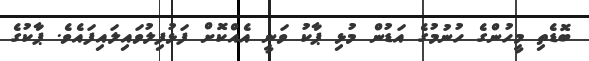
ބޮޑެތި މީހުންގެ ހުނުމުގެ އަޑުން މުޅި ޕާކު ވަނީ އެއްކޮށް ފަޅުފިލުވައިލައިފައެވެ. ޕާކުގެ